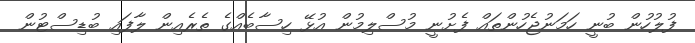
ފުލުހުން ބުނީ ހަމަނުޖެހުންތައް ފެށުނީ މުސްލިމުން އުޅޭ ހިސާބެއްގެ ތެރެއިން ލާފައި ބުޑިސްޓުން